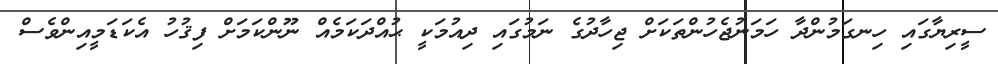
ސީރިޔާގައި ހިނގަމުންދާ ހަމަނުޖެހުންތަކަށް ޖިހާދުގެ ނަމުގައި ދިއުމަކީ ޙުއްދަކަމެއް ނޫންކަމަށް ފިޤުހު އެކަޑަމީއިންވެސް